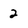
Character: 2